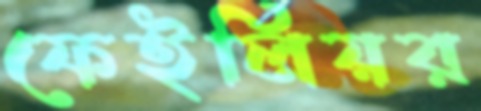
ফেইলিয়র